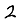
Digit: 2